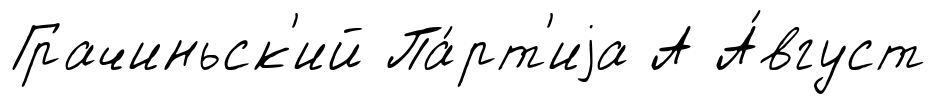
Грачиньск'ий Па́рт'иjа А А́вгуст